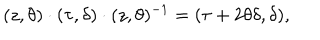
LaTeX: ( z , \theta ) \cdot ( \tau , \delta ) \cdot ( z , \theta ) ^ { - 1 } = ( \tau + 2 \theta \delta , \delta ) ,